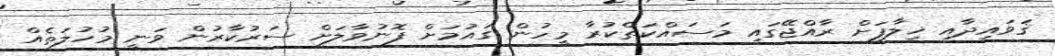
ޤަވައިދާއި ޚިލާފަށް ރާއްޖޭގައި މަސައްކަތްކުރާ މީހުން ގައުމަށް ފޮނުވާލަށް ސަރުކާރުން ވަނީ މުހުލަތެއް